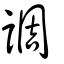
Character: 調